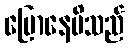
ပြောနေမိသည်